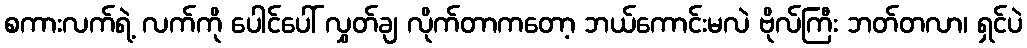
စကားလက်ရဲ့ လက်ကို ပေါင်ပေါ် လွှတ်ချ လိုက်တာကတော့ ဘယ်ကောင်းမလဲ ဗိုလ်ကြီး ဘတ်တလာ၊ ရှင်ပဲ